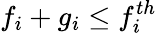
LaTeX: f_{i}+g_{i}\le f_{i}^{th}